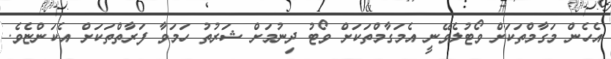
އެހެން މަގާމްތަކަށް ވޯޓުލެވޭނީ އެމަގާމްތަކަށް ވޯޓު ދިނުމަށް ޝަރުތު ހަމަވާ ފަރާތްތަކަށް އެކަންޏެވެ.